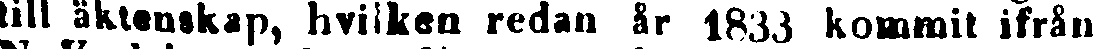
till äktenskap, hvilken redan år 1833 kommit ifrån